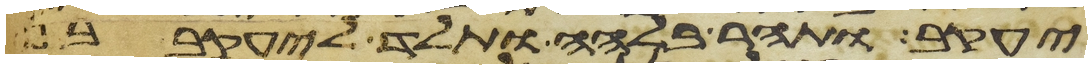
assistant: יעקב ותהר בלהה ותלד ליעקב בן